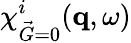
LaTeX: \chi_{\vec{G}=0}^{i}(\mathbf{q},\omega)